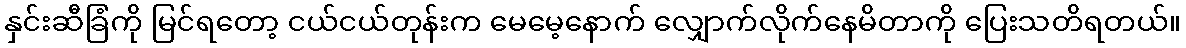
နှင်းဆီခြံကို မြင်ရတော့ ငယ်ငယ်တုန်းက မေမေ့နောက် လျှောက်လိုက်နေမိတာကို ပြေးသတိရတယ်။